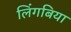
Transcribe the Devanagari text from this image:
लिंगबिया